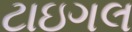
ટાઇગલ